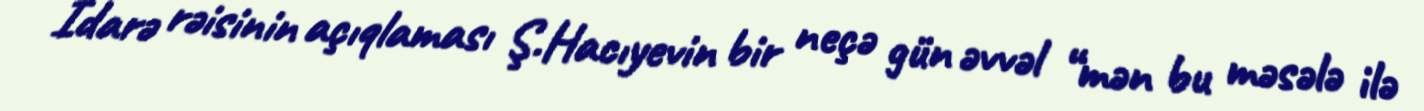
İdarə rəisinin açıqlaması Ş.Hacıyevin bir neçə gün əvvəl “mən bu məsələ ilə